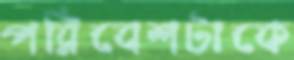
পরিবেশটাকে